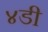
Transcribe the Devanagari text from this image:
४डी